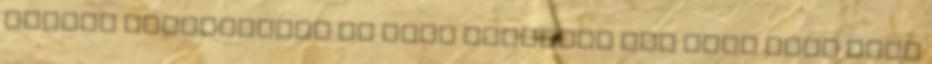
minden tagállamnak ki kell jelölnie egy vagy több akár